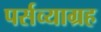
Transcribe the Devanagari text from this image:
पर्सव्याग्रह